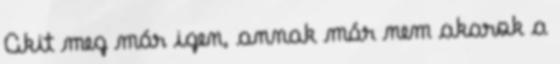
Akit meg már igen, annak már nem akarok a